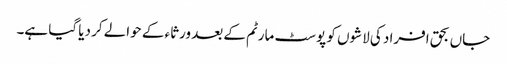
جاں بحق افراد کی لاشوں کو پوسٹ مارٹم کے بعد ورثاء کے حوالے کر دیا گیا ہے۔